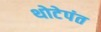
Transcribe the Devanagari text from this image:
थोटेपंत